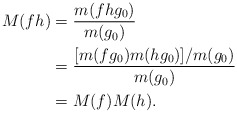
\begin{align*}M(f h) &= \frac{m(f h g_0)}{m(g_0)}\\& = \frac{[m (f g_0) m(h g_0)] / m(g_0)}{m(g_0)}\\& = M(f) M(h).\end{align*}